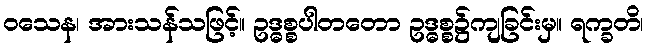
ဝသေန၊ အားသန်သဖြင့်။ ဥဒ္ဓစ္စပါတတော ဥဒ္ဓစ္စ၌ကျခြင်းမှ။ ရက္ခတိ၊